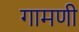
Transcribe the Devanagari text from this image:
गामणी